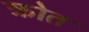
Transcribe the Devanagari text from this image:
क्रोत